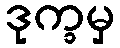
ဒုက္ခမှ